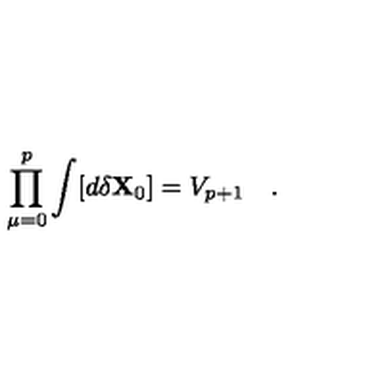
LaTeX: \prod _ { \mu = 0 } ^ { p } \int [ d \delta { \bf X } _ { 0 } ] = V _ { p + 1 } \quad .